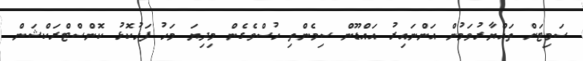
ސަމިޓަށް ތައްޔާރުވަމުން އަންނައިރު އައްޑޫން ސިމެންތި ހުސްވެގެން މިދިޔަ މަހު ފަހުކޮޅު ކޮންސްޓްރަކްޝަން